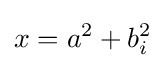
x=a^{2}+b_{i}^{2}